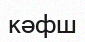
кәфш